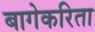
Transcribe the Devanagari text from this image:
बागेकरिता